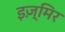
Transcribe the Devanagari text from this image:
इज़्मिर